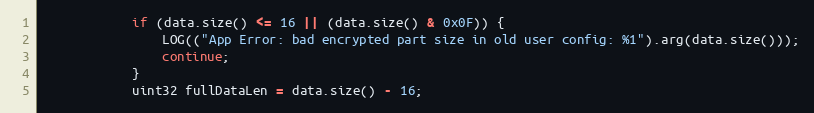
Language: C++
			if (data.size() <= 16 || (data.size() & 0x0F)) {
				LOG(("App Error: bad encrypted part size in old user config: %1").arg(data.size()));
				continue;
			}
			uint32 fullDataLen = data.size() - 16;